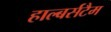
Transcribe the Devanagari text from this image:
हाल्बर्सटैम